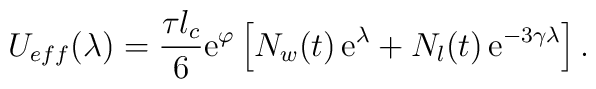
U_{eff}(\lambda)   = \frac{\tau l_c}{6}     \mathrm{e}^\varphi     \left[ N_w(t)\, \mathrm{e}^\lambda           +N_l(t)\, \mathrm{e}^{-3\gamma\lambda}     \right].